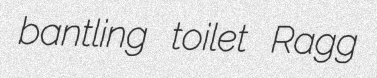
bantling toilet Ragg